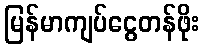
မြန်မာကျပ်ငွေတန်ဖိုး